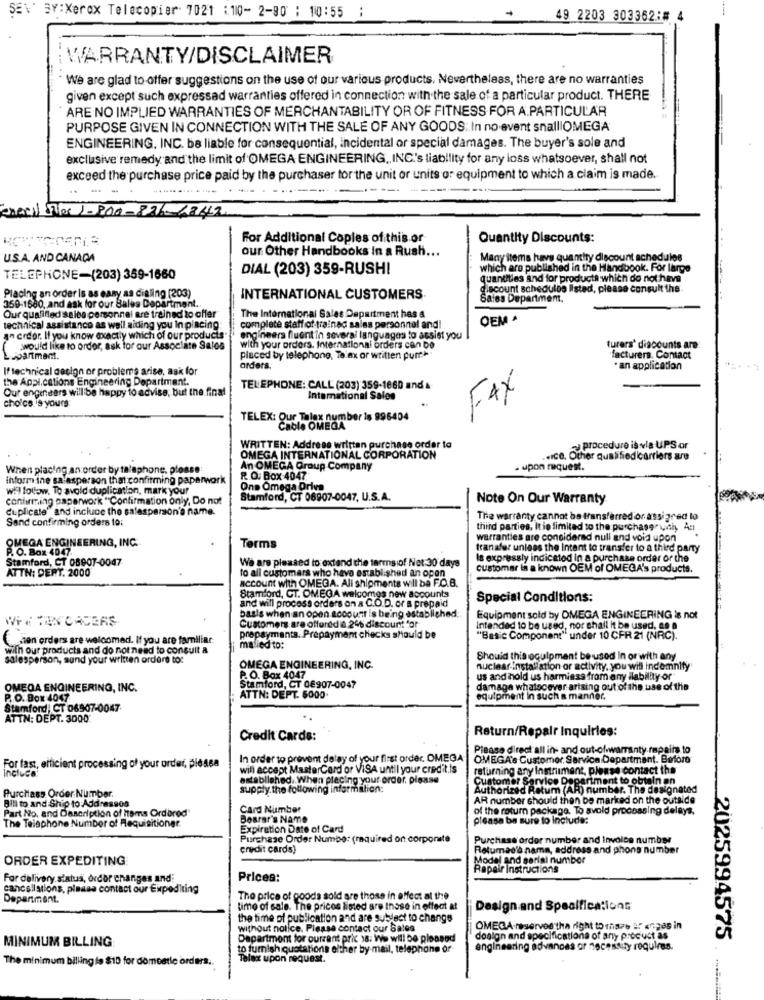
SEV' BY:Xerox Telecopier. 7021 :. 110- 2-90 : 10:55 :
49 2203 303362:# 4
WARRANTY/DISCLAIMER
We are glad to offer suggestions on the use of our various products. Nevertheless, there are no warranties
given except such expressad warranties offered in connection with the sale of a particular product. THERE
ARE NO IMPLIED WARRANTIES OF MERCHANTABILITY OR OF FITNESS FOR A PARTICULAR
PURPOSE GIVEN IN CONNECTION WITH THE SALE OF ANY GOODS: In no event snallIOMEGA
ENGINEERING, INC. be liable for consequential, incidental or special damages. The buyer's sole and
exclusive remedy and the limit of OMEGA ENGINEERING, INC's liability for any loss whatsoever, shall not
exceed the purchase price paid by the purchaser for the unit or units or equipment to which a claim is made.
-
eneril Fiber 1-800-876-6342
For Additional Copies of this or
Quantity Discounts:
our Other Handbooks In a Rush ...
U.S.A. AND CANADA
Many items have quantity discount schedules
DIAL (203) 359-RUSH!
which are published in the Handbook. For large
TELEPHONE-(203) 359-1660
quantities and for products which do not have
discount schedules listed, please consult the
Placing an order is as easy as dialing (203)
INTERNATIONAL CUSTOMERS.
Sales Department.
359-1680, and ask for our Bales Department.
Our qualified sales personnel are trained to offer
The International Sales Department has &
OEM .
technical assistance as well aiding you In placing
complete staff of trained salas personnel and!
a- erder. If you know exactly which of our products"
engineers fluent in several languages to assist you
would like to order, ask for our Associate Sales
with your orders. International orders can Do
turers' discounts are
partment.
placed by telephone, Te ax or written pum
facturers, Contact
If technical design or problems arise, ask for
orders.
. an application
the Applications Engineering Department.
Our engineers will be happy to advise, but the final
TELEPHONE: CALL (203) 359-1660 and &
International Sales
FAX
choice. 's yours
TELEX: Our Talex number is 996404
Cable OMEGA
WRITTEN: Address written purchase order to
Procedure is via UPS or
OMEGA INTERNATIONAL CORPORATION
.. Ice. Other qualifiedicarriers are
When placing an order by talaphone, please:
An OMEGA Group Company
. upon request.
Inform ine sa asperson that confirming paperwork
R. O. Box 4047
wil follow. To avold duplication, mark your
Ons Omega Driva
confirming paperwork "Confirmation only, Do not
Stamford, CT 06907-0047, U.S.A.
Note On Our Warranty
duplicate" and include the salesperson's name.
Sand confirming orders to:
The warranty cannot be transferred on assigned to
third parties, Itie limited to the purchase with An
warranties are considered null and void upon
OMEGA ENGINEERING, INC.
P. O. Box 4047.
Terms
transfer unless the Intent to transfer to a third party
Stamford, CT 08907-0047
We are pleased to extend the terms of Net:30 days
Is expressly indicated in a purchase order or the
ATTN: DERY. 2000
to all customers who have established an open
customar in a known OEM of OMEGA's products.
account with OMEGA. Ali shipments will be F.C.B.
and will process orders on a C.O.D. or a prepaid
Stamford, CT. OMEGA welcomes new accounts
Special Conditions:
basis when an open account is being established:
WHE TIRY'CACERS
Equipment sold by OMEGA ENGINEERING is not
Customers are offered ia 24% discount for
Intended to be used, nor shall it be used, 00 0
zien orders are welcomed. If you are familiar
prepayments. Prepayment checks should be
"Basic Component" under 10 CFR 21 (NRC).
with our products and do not need to consult a
mailed to:
salesperson, sund your written ordare to:
Should this ogulpmant be used in or with any.
OMEGA ENGINEERING, INC.
nuclear installation or activity, you will indemnity
P. O. Box 4047
us and hold us harmiess from any ilability or
OMEGA ENGINEERING, INC.
Stamford, CT 0€907-0047
damage whatsoever arising out of the use of the
P. O. Box 4047
ATTN: DEPT. 6000-
equipment in such a manner.
Stamford, CT 06907-0047
ATTN: DEPT. 3000
Return/Repair Inquiries:
Credit Cards:
Please direct all in- and out-ofwarranty.repairs to
In order to prevent delay of your first order. OMEGA-
OMEGA's Customer Service Department. Before
For fast, efficient processing of your order, pleasa
will accept MasterCard or VISA until your credit.is
returning any Instrument, please contact the
incluca:
established. When placing your order. please
Customer Service Department to obtain an
Purchass Order Number.
supply.the following information:
Authorized Retum (AR) number. The designated
Bill to and Ship to Addressos
AR number should then be marked on the outside
Part No. and Description of Items Ordbred"
Card Number
of the return package. To avold processing delays.
The Telephone Number of Requisitiongr.
Bearar's Name
please be sure to include:
Expiration Date of Card
Purchase Order Numbe: (required on corporate
Purchase order number and Invoice number
credit cards)
Retuman's name, address and phone number
ORDER EXPEDITING
Model and serial number
Repair Instructions
For delivery status, order changes and:
Prices:
cancellations, please contact our Expediting
Department.
The price of goods sold are those in effect at the
time of sale. The pricos listed are those in effect at
Design and Specifications
the time of publication and are subject to change
without notice. Please contact our Sales
OMEGA-reserves the right to mhaze af erges in
Department for ourrant pric 38: We will be pleased
design and specifications of any procust as
2025994575
MINIMUM BILLING
to furnish quotations either by-mail, telephone or-
engineering advandas or necessity requires.
The minimum billing la $10 for domestic orders ..
Talex upon request.